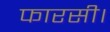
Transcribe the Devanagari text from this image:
फारसी।